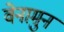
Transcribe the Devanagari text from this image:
वेनामुन